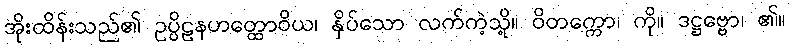
အိုးထိန်းသည်၏ ဥပ္ပိဠနဟတ္ထောဝိယ၊ နှိပ်သော လက်ကဲ့သို့။ ဝိတက္ကော၊ ကို။ ဒဋ္ဌဗ္ဗော၊ ၏။